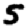
Digit: 5